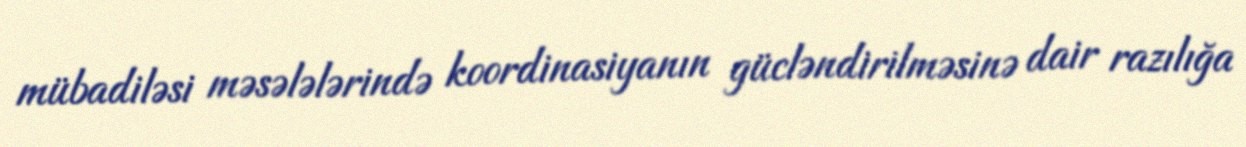
mübadiləsi məsələlərində koordinasiyanın gücləndirilməsinə dair razılığa